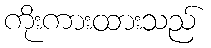
ကိုးကားထားသည်